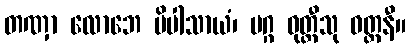
တဏှာ လောဘေ ပိပါသာယံ၊ မဂ္ဂ ဝုတ္တီသု ဝတ္တနီ။